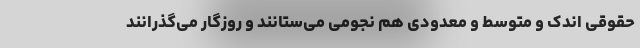
حقوقی اندک و متوسط و معدودی هم نجومی می‌ستانند و روزگار می‌گذرانند